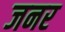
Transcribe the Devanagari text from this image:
जनर